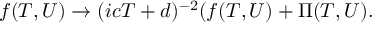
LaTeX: f ( T , U ) \rightarrow ( i c T + d ) ^ { - 2 } ( f ( T , U ) + { \Pi } ( T , U ) .